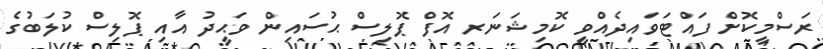
ރަސްމީކޮށް ފައްޓަވައިދެއްވީ ކޮމިޝަނަރ އޮފް ޕޮލިސް ޙުސައިން ވަޙީދު އާއި ޕޮލިސް ކުލަބުގެ